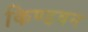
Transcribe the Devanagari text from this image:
किण्डवन